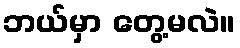
ဘယ်မှာ တွေ့မလဲ။